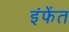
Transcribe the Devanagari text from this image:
इंफेंत